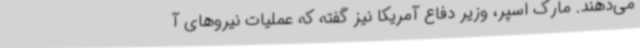
می‌دهند. مارک اسپر، وزیر دفاع آمریکا نیز گفته که عملیات نیروهای آ